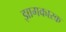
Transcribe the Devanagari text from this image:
झागकारक